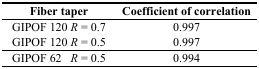
<table><thead><tr><td><b>Fiber taper</b></td><td><b>Coefficient of correlation</b></td></tr></thead><tbody><tr><td>GIPOF 120 <i>R</i> = 0.7</td><td>0.997</td></tr><tr><td>GIPOF 120 <i>R</i> = 0.5</td><td>0.997</td></tr><tr><td>GIPOF 62 <i>R</i> = 0.5</td><td>0.994</td></tr></tbody></table>